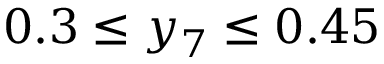
0 . 3 \leq y _ { 7 } \leq 0 . 4 5